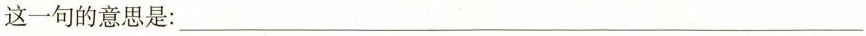
这一句的意思是：___